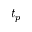
t _ { p }